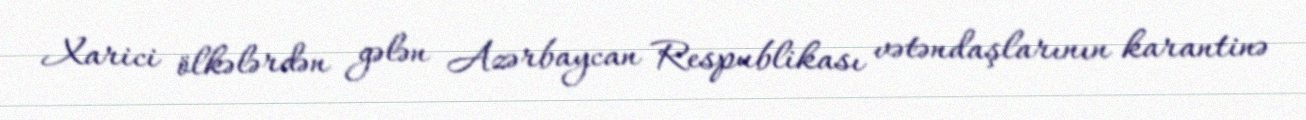
Xarici ölkələrdən gələn Azərbaycan Respublikası vətəndaşlarının karantinə